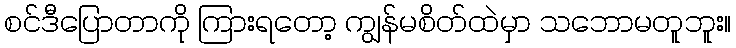
စင်ဒီပြောတာကို ကြားရတော့ ကျွန်မစိတ်ထဲမှာ သဘောမတူဘူး။